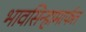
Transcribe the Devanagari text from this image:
भावसिन्हामार्फत